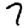
Digit: 7